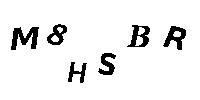
M8HSBR